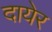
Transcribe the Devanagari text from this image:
दायेर